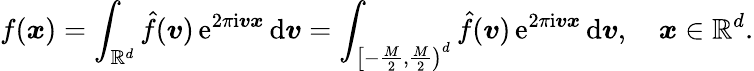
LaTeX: f(\boldsymbol x)=\int_{\mathbb R^{d}}\hat{f}(\boldsymbol v)\, \mathrm e^{2\pi\mathrm i\boldsymbol v\boldsymbol x}\, \mathrm d\boldsymbol v=\int_{\left[-\frac M2,\frac M2\right)^{d}}\hat{f}(\boldsymbol v)\, \mathrm e^{2\pi\mathrm i\boldsymbol v\boldsymbol x}\, \mathrm d\boldsymbol v,\quad\boldsymbol x\in\mathbb R^{d}.